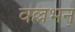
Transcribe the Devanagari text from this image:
वल्लभन्